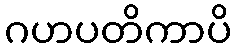
ဂဟပတိကာပိ